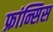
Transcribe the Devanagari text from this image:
फ्रांन्सिस